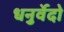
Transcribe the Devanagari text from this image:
धनुर्वेदो